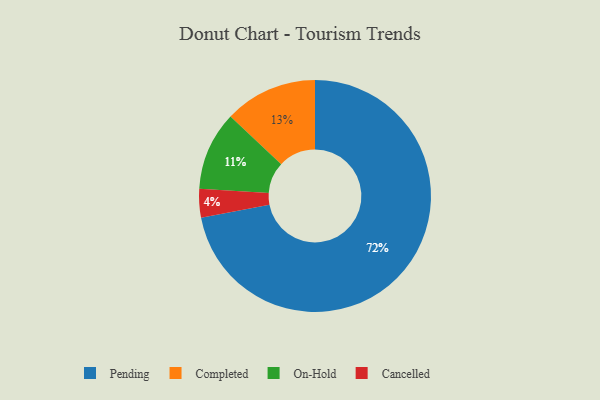
{"axis": {"x": "Category", "y": "Percentage"}, "legend": ["Cancelled", "Completed", "On-Hold", "Pending"], "data": [{"x": "On-Hold", "y": 11, "type": "On-Hold"}, {"x": "Cancelled", "y": 4, "type": "Cancelled"}, {"x": "Pending", "y": 72, "type": "Pending"}, {"x": "Completed", "y": 13, "type": "Completed"}]}